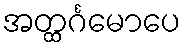
အတ္ထင်္ဂမောပေ